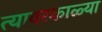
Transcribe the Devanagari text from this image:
त्यावरकाळ्या